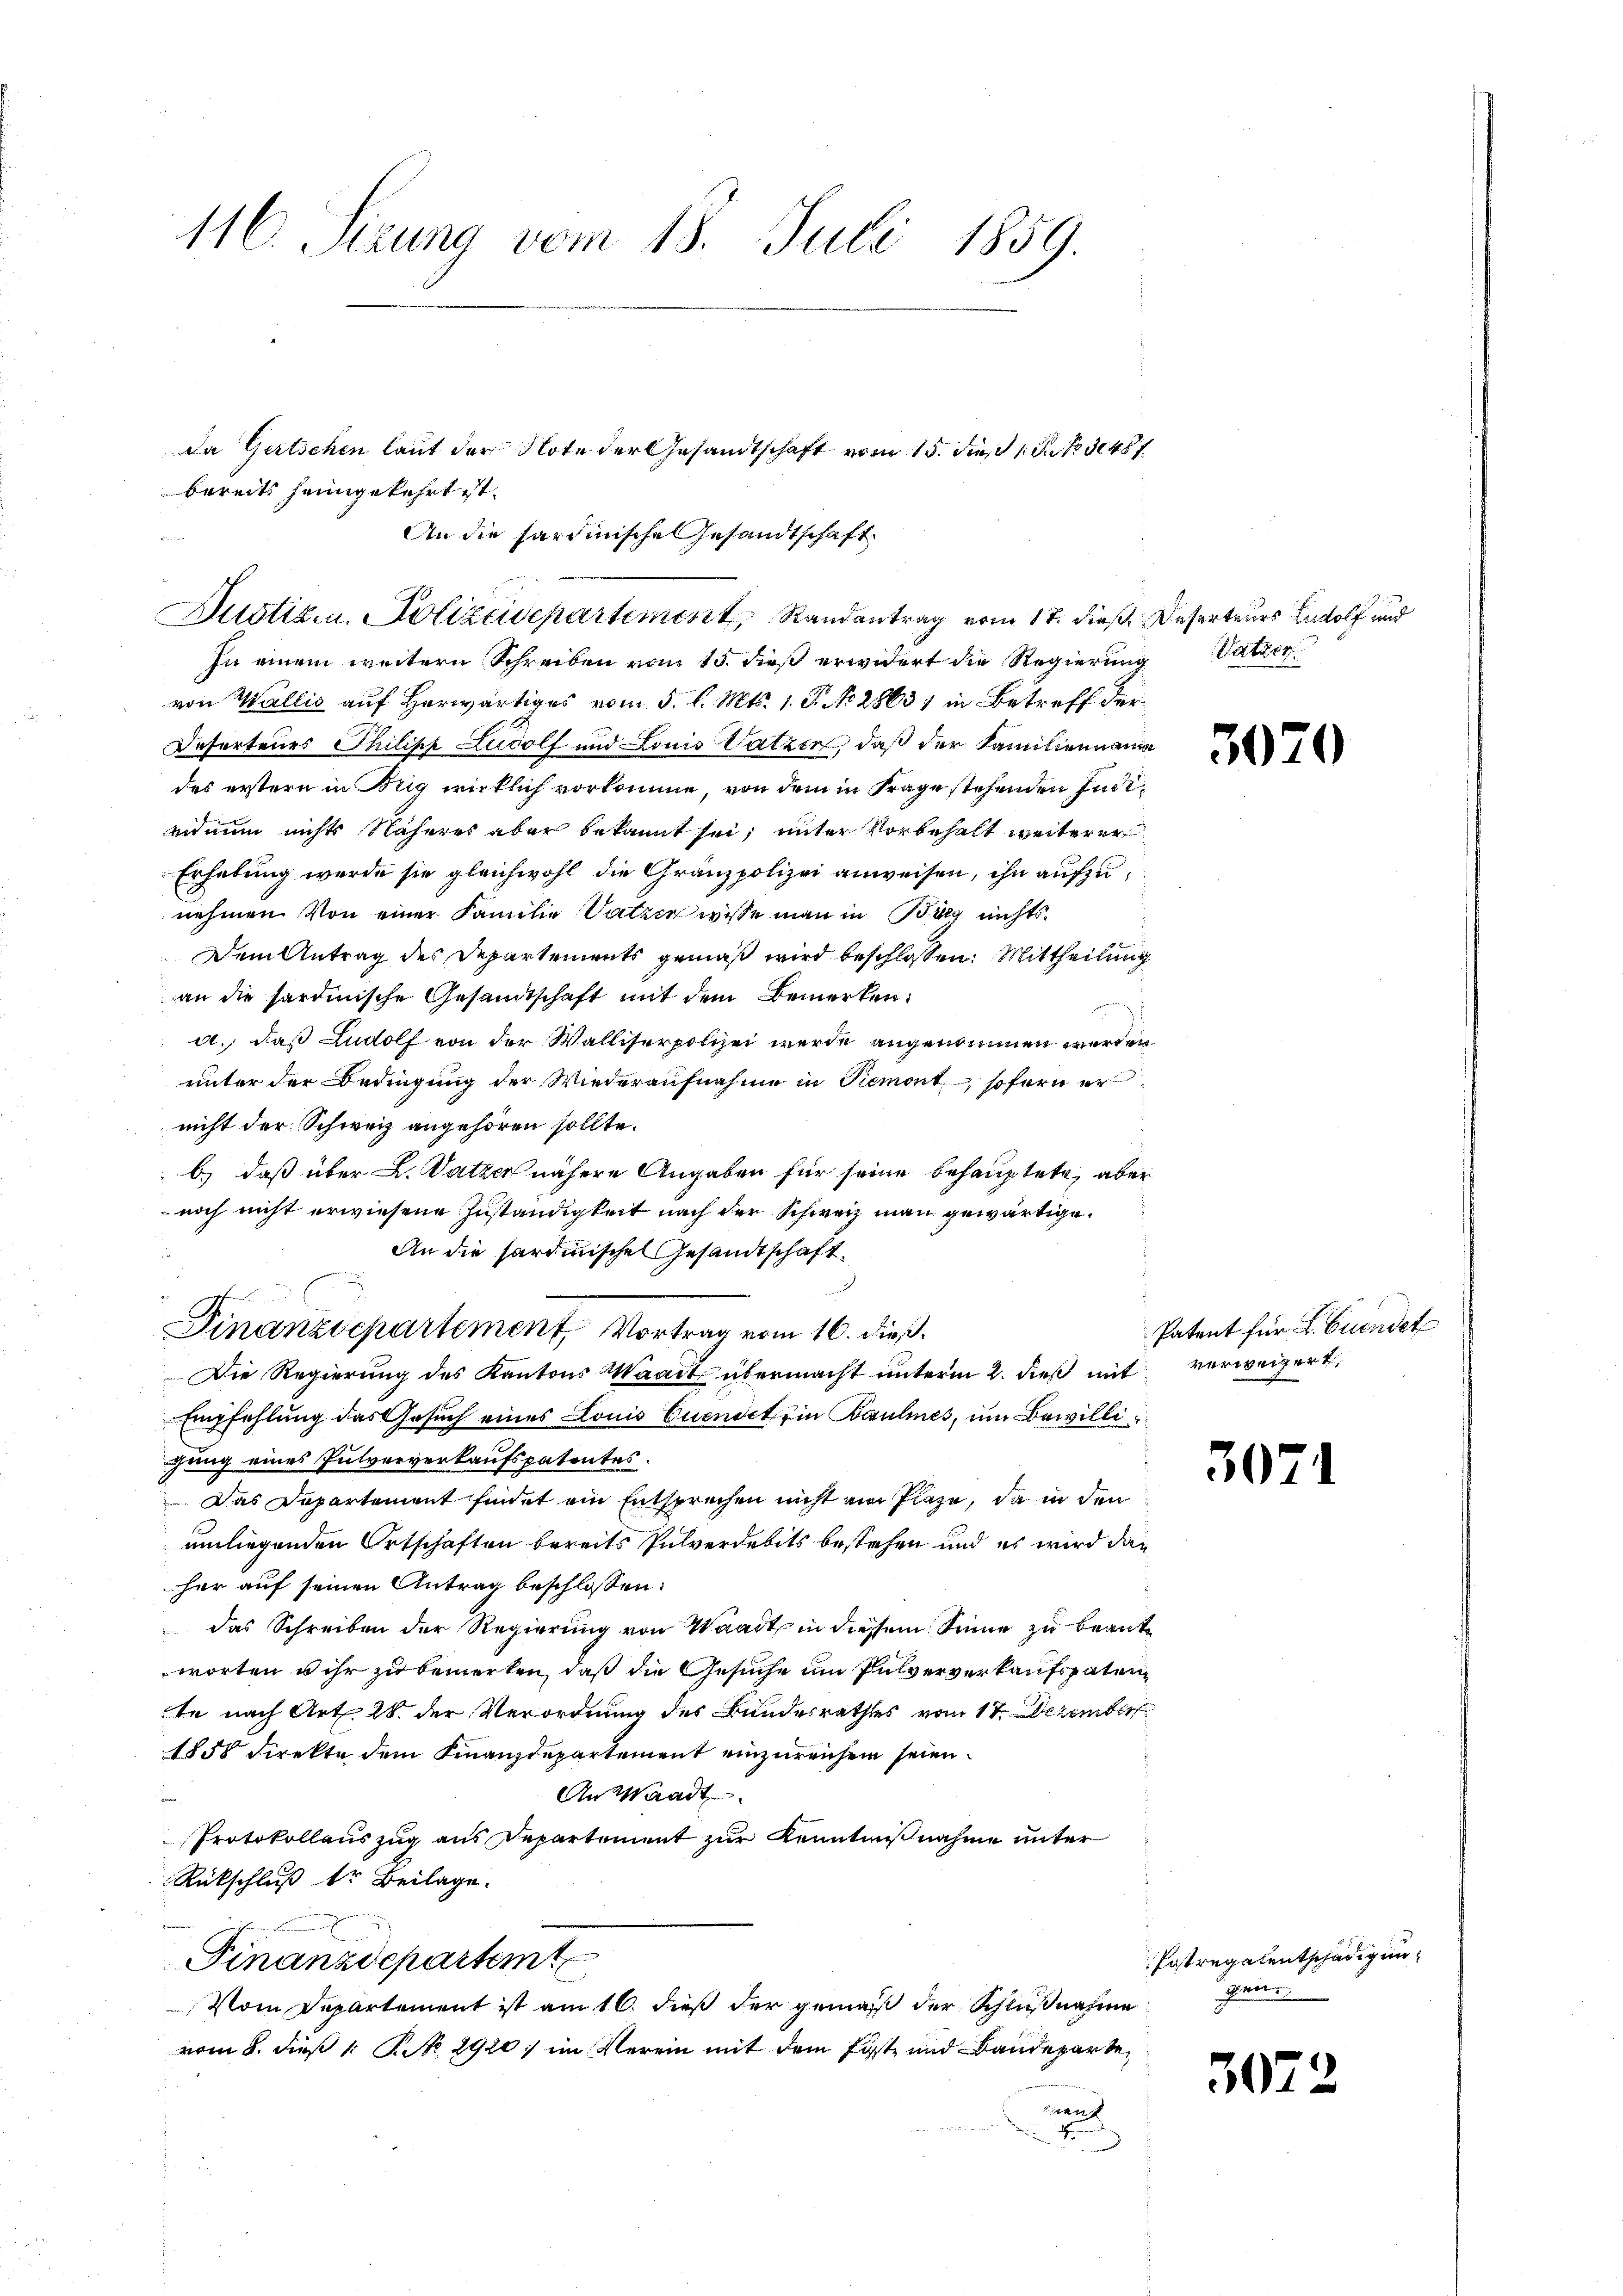
116. Seizung vom 18. Juli 1859.

da Gertschen laut der Note der Gesandtschaft vom 15. dieß 1 S. 348 f
bereits heimgekehrt ist.
An die Sardinische Gesandtschaft

Bustiz- u. Polizeisepartement Randantrag vom 17. dieß, Deserteurs of und

In einem weitern Schreiben vom 15. dieß erwidert die Regierung Satzen
von Wallis auf Herwärtiges vom 5. l. Mts. 1. P. No. 2863) in Betreff der
Deserteurs Philipp Ludolf und Louis Vatzer, daß der Familienname
des erstern in Brig wirklich vorkomme, von dem in Frage stehenden Indieidnum nichts Näheres aber bekannt sei, unter Vorbehalt weiterer
Erhebung werde sie gleichwohl die Gränzpolizei anweisen, ihn aufzunehmen. Von einer Familie Vatzer wisse man in Burg nichts
Dem Antrag des Departements gemäß wird beschlossen: Mittheilung
an die hardinische Gesandtschaft mit dem Bemerkena., daß Ludolf von der Walliserpolizei werde angenommen werden
unter der Bedingung der Wiederaufnahme in Piemont, sofern er
nicht der Schweiz angehören sollte.
b) daß über L. Satzer nähere Angaben für seine behauptete, aber
noch nicht erwiesene Zuständigkeit nach der Schweiz man gewärtige.
An die sardinische Gesandtschaft
Die Regierung des Kantons Waadt übermacht unterm 2. dieß mit verweigert,
Empfehlung das Gesuch eines Louis Cuendet in Baumes, um Bewilligung eines Pulververkaufspatentes.
Das Departement findet ein Entsprechen nicht am Plaze, da in den
umliegenden Ortschaften bereits Pulverdebits bestehen und es wird dann
her auf seinen Antrag beschlossen:
das Schreiben der Regierung von Waadt in diesem Sinne zu beante
worten u ihr zu bemerken, daß die Gesuche um Pulververkaufspaten
te nach Art. 28. der Verordnung des Bundesrathes vom 17. Dezember
1858 direkte dem Finanzdepartement einzureichen seien.
An Waadt
Protokollauszug aus Departement zur Kenntnißnahme unter
Rückschluß dr Beilage.
Finanzdepartem
Vom Departement ist am 16. dieß der gemäß der Schlußnahme
vom 8. dieß 1 NNo. 2920) im Verein mit dem Faste und Baudepartee

Finanzdepartement Vortrag vom 16. dieß.

30.

30

30.

)

Patent für L. Cuendet

Fastregalentschädigungene

9